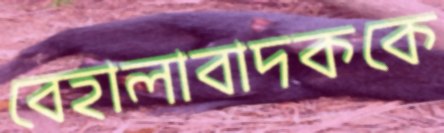
বেহালাবাদককে